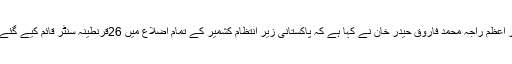
وزیر اعظم راجہ محمد فاروق حیدر خان نے کہا ہے کہ پاکستانی زیر انتظام کشمیر کے تمام اضلاع میں 26قرنطینہ سنٹر قائم کیے گئے ہیں۔